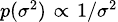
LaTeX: \scriptstyle{p(\sigma^{2})\; \propto\; 1/\sigma^{2}}